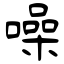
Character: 噪